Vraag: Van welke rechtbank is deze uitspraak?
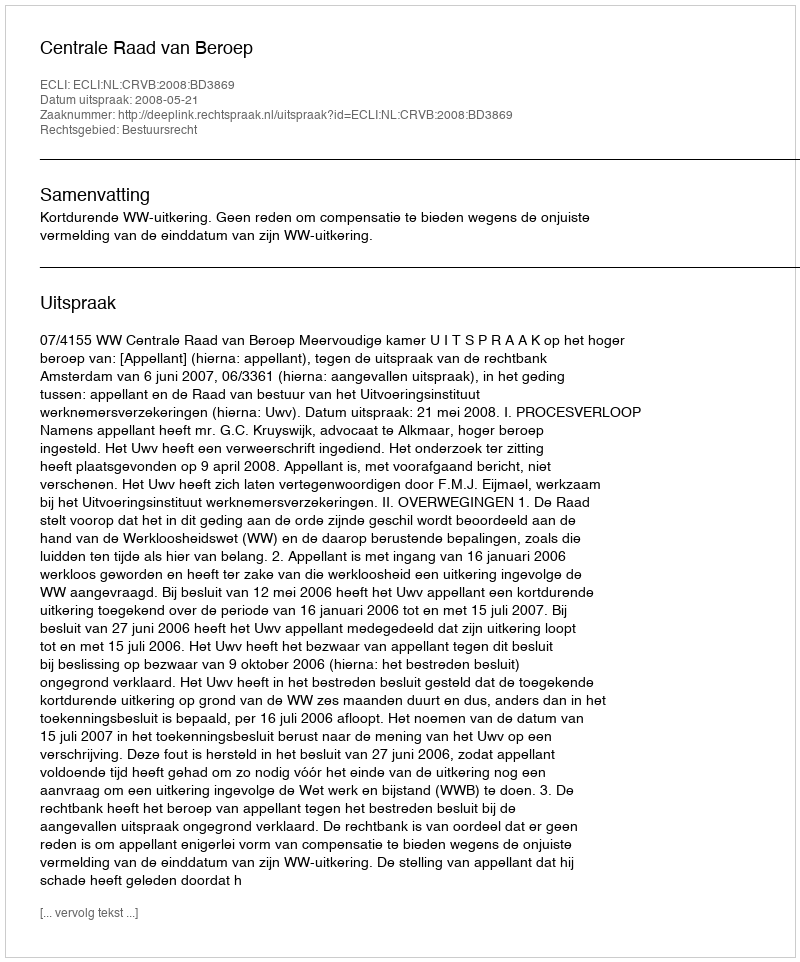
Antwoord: Centrale Raad van Beroep